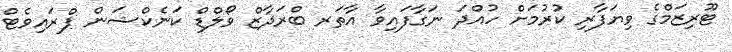
ޓޫރިޒަމްގެ ވިޔަފާރި ކުރުމަށް ހުއްދަ ނަގާފައިވާ އާތަރ ބްރަދާޒް ވޯލްޑް ކަނެކްޝަން ޕްރައިވެޓް